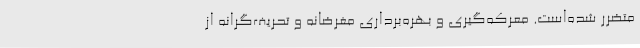
متضرر شده‌است. معرکه‌گیری و بهره‌برداری مغرضانه و تحریف‌گرانه از